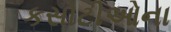
કસોટીઓના